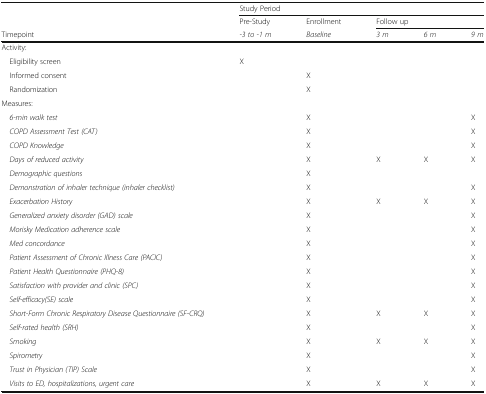
|  | <COLSPAN=5> Study Period |
 |  | Pre-Study | Enrollment | <COLSPAN=3> Follow up |
 | Timepoint | -3 to -1 m | Baseline | 3 m | 6 m | 9 m |
 | --- | --- | --- | --- | --- | --- |
 | <COLSPAN=6> Activity: |
 | Eligibility screen | X |  |  |  |  |
 | Informed consent |  | X |  |  |  |
 | Randomization |  | X |  |  |  |
 | <COLSPAN=6> Measures: |
 | 6-min walk test |  | X |  |  | X |
 | COPD Assessment Test (CAT) |  | X |  |  | X |
 | COPD Knowledge |  | X |  |  | X |
 | Days of reduced activity |  | X | X | X | X |
 | Demographic questions |  | X |  |  |  |
 | Demonstration of inhaler technique (inhaler checklist) |  | X |  |  | X |
 | Exacerbation History |  | X | X | X | X |
 | Generalized anxiety disorder (GAD) scale |  | X |  |  | X |
 | Morisky Medication adherence scale |  | X |  |  | X |
 | Med concordance |  | X |  |  | X |
 | Patient Assessment of Chronic Illness Care (PACIC) |  | X |  |  | X |
 | Patient Health Questionnaire (PHQ-8) |  | X |  |  | X |
 | Satisfaction with provider and clinic (SPC) |  | X |  |  | X |
 | Self-efficacy(SE) scale |  | X |  |  | X |
 | Short-Form Chronic Respiratory Disease Questionnaire (SF-CRQ) |  | X | X | X | X |
 | Self-rated health (SRH) |  | X |  |  | X |
 | Smoking |  | X | X | X | X |
 | Spirometry |  | X |  |  | X |
 | Trust in Physician (TIP) Scale |  | X |  |  | X |
 | Visits to ED, hospitalizations, urgent care |  | X | X | X | X |